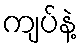
ကျပ်နဲ့